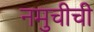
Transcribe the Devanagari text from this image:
नमुचीची